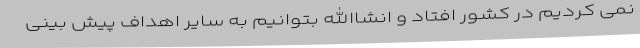
نمی کردیم در کشور افتاد و انشاالله بتوانیم به سایر اهداف پیش بینی